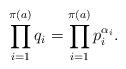
LaTeX: \begin{align*} \prod_{i = 1}^{\pi(a)} q_i = \prod_{i = 1}^{\pi(a)}p_i^{\alpha_i}. \end{align*}